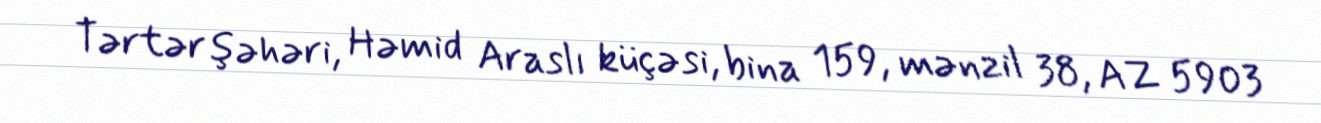
Tərtər şəhəri, Həmid Araslı küçəsi, bina 159, mənzil 38, AZ 5903